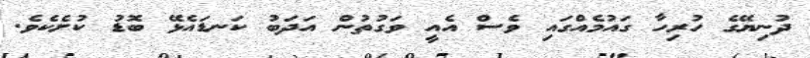
ދުނިޔޭގެ ހުރިހާ ގައުމެއްގައި ވެސް އެއީ ވަގުތުން އަދަބު ކަނޑައެޅޭ ބޮޑު ކުށެކެވެ.